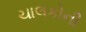
ચાલકોની